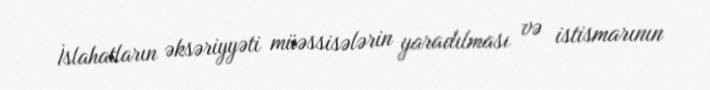
İslahatların əksəriyyəti müəssisələrin yaradılması və istismarının